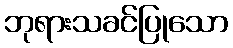
ဘုရားသခင်ပြုသော